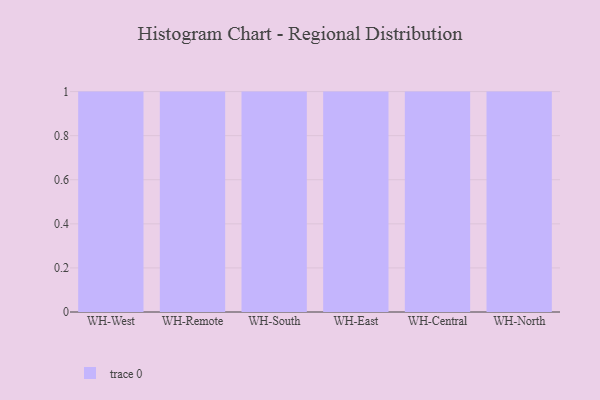
{"axis": {"x": "Warehouse", "y": "Waste Production (Tons)"}, "legend": [""], "data": [{"x": "WH-West", "y": 74, "type": ""}, {"x": "WH-Remote", "y": 62, "type": ""}, {"x": "WH-South", "y": 100, "type": ""}, {"x": "WH-East", "y": 94, "type": ""}, {"x": "WH-Central", "y": 78, "type": ""}, {"x": "WH-North", "y": 4, "type": ""}]}